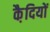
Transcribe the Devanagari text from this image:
कै़दियों